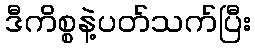
ဒီကိစ္စနဲ့ပတ်သက်ပြီး